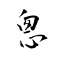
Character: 悤